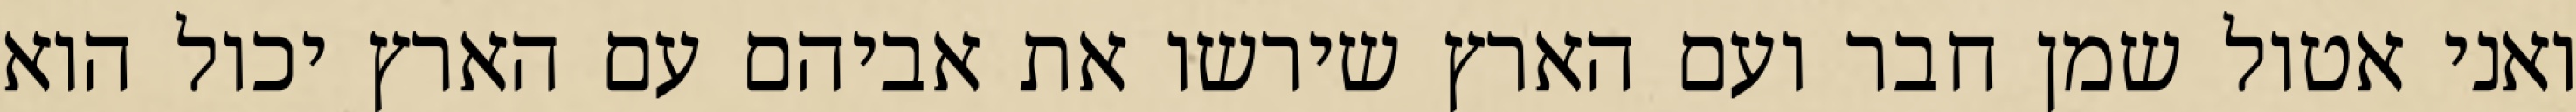
ואני אטול שמן חבר ועם הארץ שירשו את אביהם עם הארץ יכול הוא